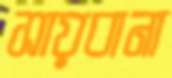
সায়বানা